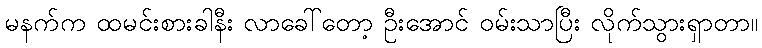
မနက်က ထမင်းစားခါနီး လာခေါ်တော့ ဦးအောင် ဝမ်းသာပြီး လိုက်သွားရှာတာ။